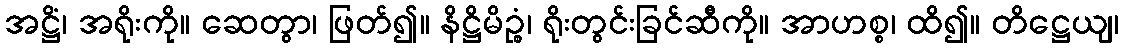
အဋ္ဌိံ၊ အရိုးကို။ ဆေတွာ၊ ဖြတ်၍။ နိဋ္ဌိမိဉ္စံ၊ ရိုးတွင်းခြင်ဆီကို။ အာဟစ္စ၊ ထိ၍။ တိဋ္ဌေယျ၊